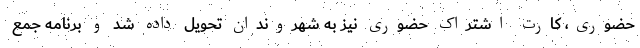
حضوری، کارت اشتراک حضوری نیز به شهروندان تحویل داده شد و برنامه جمع